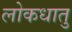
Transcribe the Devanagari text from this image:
लोकधातु